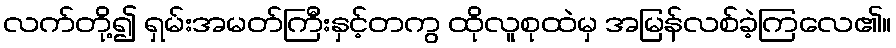
လက်တို့၍ ရှမ်းအမတ်ကြီးနှင့်တကွ ထိုလူစုထဲမှ အမြန်လစ်ခဲ့ကြလေ၏။